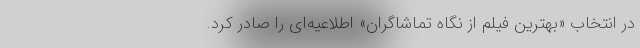
در انتخاب «بهترین فیلم از نگاه تماشاگران» اطلاعیه‌ای را صادر کرد.